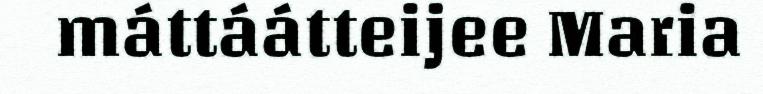
máttáátteijee Maria